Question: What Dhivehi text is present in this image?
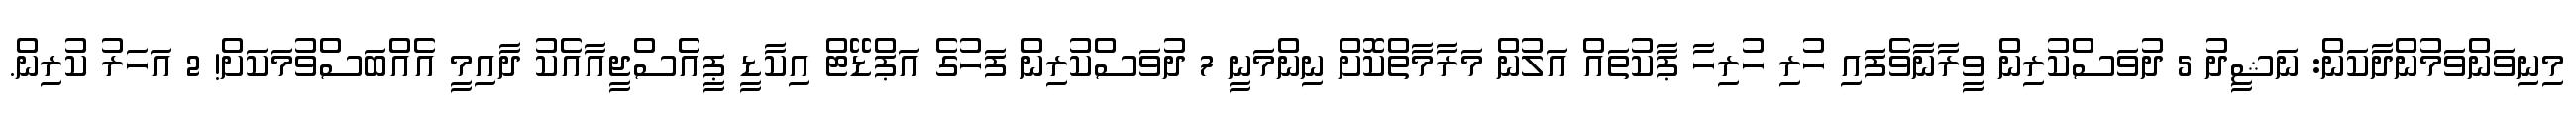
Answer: މިނިވަންވަމުންދާކަން: ނަޝީދު 5 ދުވަސްކުރިން ވީރާނާވެފައި ހުރި ހުރިހާ ޕާކުތައް އަލުން މަރާމާތްކޮށް ނިންމަނީ 7 ދުވަސްކުރިން ފަހުގެ އަޕްޑޭޓް އިކާޑީ ޕީއެސްޖީއާއެކު ދާއިމީ އެއްބަސްވުމަކަށް! 2 އަހަރު ކުރިން.